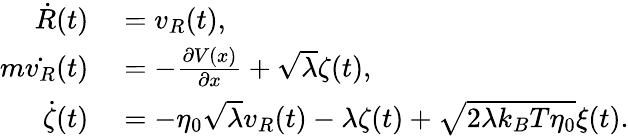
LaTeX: \begin{array}{rl}{\dot{R}(t)}&{{}=v_{R}(t),}\\ {m\dot{v_{R}}(t)}&{{}=-\frac{\partial V(x)}{\partial x}+\sqrt{\lambda}\zeta(t),}\\ {\dot{\zeta}(t)}&{{}=-\eta_{0}\sqrt{\lambda}v_{R}(t)-\lambda\zeta(t)+\sqrt{2\lambda k_{B}T\eta_{0}}\xi(t).}\end{array}